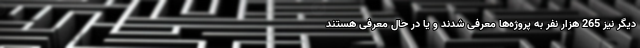
دیگر نیز 265 هزار نفر به پروژه‌ها معرفی شدند و یا در حال معرفی هستند